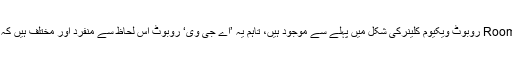
اس ڈیزائن کے روبوٹس Roomba روبوٹ ویکیوم کلینرکی شکل میں پہلے سے موجود ہیں، تاہم یہ ’اے جی وی‘ روبوٹ اس لحاظ سے منفرد اور مختلف ہیں کہ یہ حجم میں بہت چھوٹے ہیں۔